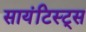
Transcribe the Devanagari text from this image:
सायंटिस्ट्स